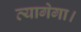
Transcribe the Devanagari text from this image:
त्यागेगा।